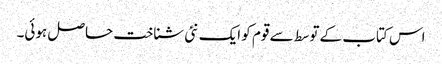
اس کتاب کے توسط سے قوم کو ایک نئی شناخت حاصل ہوئی۔